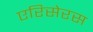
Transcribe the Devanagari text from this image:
एरिसेरस